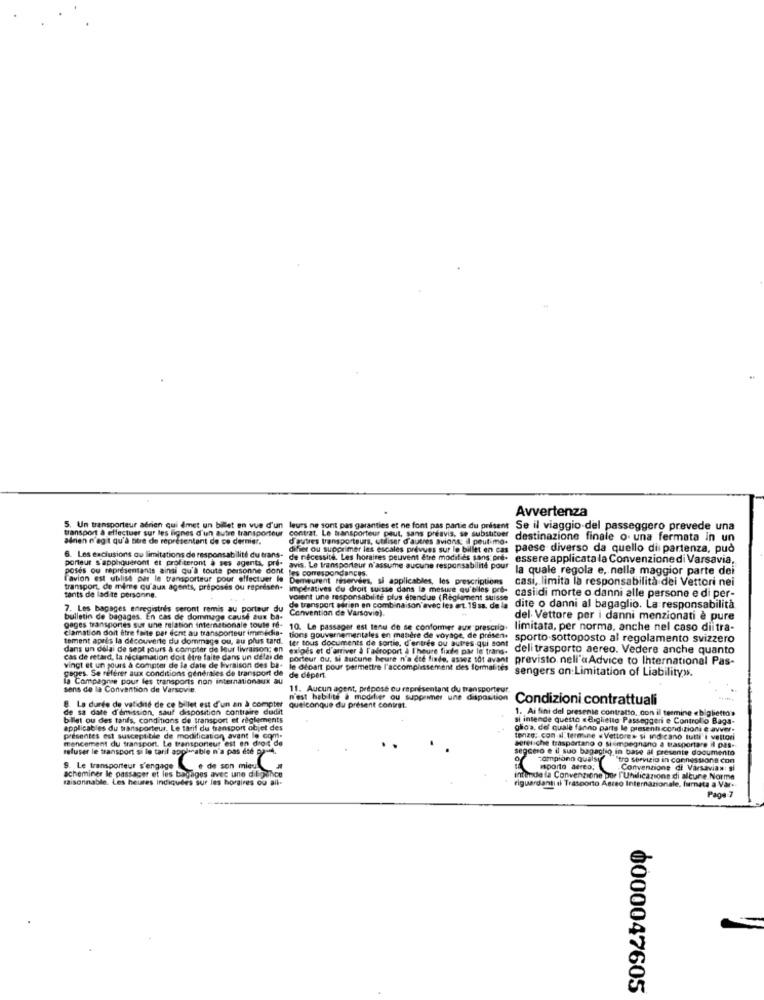
Avvertenza
transport à effectuer sur les lignes d'un autre transporteur
5. Un transporteur adrien qui dmet un billet en vue d'un
leurs ne sont pas garanties et ne font pas partie du prisent
contrat. Le transporteur peut, sans préavis, se substituer
Se il viaggio del passeggero prevede una
adrien n'ag t qu'à titre de representant de co dermer.
d'autres transporteurs, utiliser d'autres avions: Il peut mo.
destinazione finale o una fermata in un
difier ou supprimer les escales prévues sur le billet en cas
paese diverso da quello di partenza, può
porteur s'appliqueront et profiteront à ses agents, pri-
6. Les exclusions ou limitations de responsabilité du trans-
de nécessité. Les horaires peuvent être modifies sans pre-
essere applicata la Convenzione di Varsavia.
poses ou représentants ainsi qu'à toute personne dont les correspondances.
avis. Le transporteur n'assume aucune responsabilité pour
la quale regola e, nella maggior parte dei
Favion est ublish par le transporteur pour effectuer le
Demeurent minervees, si applicables, les prescriptions
casi, limita la responsabilità dei Vettori nei
transport, de mime qu'aux agents, proposes ou reprisen-
imperatives du droit suisse dans la mesure qu'elles pes-
tants de ladite personne.
voient une responsabilité plus étendue (Reglament suisse
casidi morte o danni alle persone e di per-
7. Les bagages enregistres seront remis au porteur du
de transport adrien en combinaison avec les art. 19 ss. de la
Convention de Varsovie).
dite o danni al bagaglio. La responsabilità
bulletin de bagages. En cas de dommage cause aux ba-
del Vettore per i danni menzionati è pure
gages transportes sur une relation internationale toute re-
clamation doit être faite par dent au transporteur immedia-
10. Le passager est tenu de se conformer aux prescrip.
limitata, per norma, anche nel caso diitra-
tement après la découverte du dommage ou, au plus tard.
tions gouvernementales en matière de voyage, de presen.
ter tous documents de sortie, d'entres ou autres qui sont
sporto sottoposto al regolamento svizzero
dans un délai de sept jours à compter de leur livraison; en
exigés et d'arriver à Fadroport a l'heure fixde par le trans-
deli trasporto aereo. Vedere anche quanto
cas de retard, la réclamation doit être faite dans un délai de
porteur ou, si aucune heure n'a cee finde, assez tot avant
previsto nell'a Advice to International Pas-
vingt et un jours à compter de la date de livraison des ba-
le Ofpart pour permettre l'accomplissement des formalités
sengers on:Limitation of Liability».
gages. Se référer aux conditions générales de transport de de départ
La Compagnie pour les transports non internationaux au
sens de la Convention de Varsovie.
11. Aucun agent, préposé ou représentant du transporteur
8. La durée de validité de ce billet est d'un an à compter
n'est habilite à modifier ou supprimer une dapostion
Condizioni contrattuali
de sa date d'émission, sauf disposition contraire dudit
quelconque du présent contrat.
1. Ai fini del presente contratto, con il termine «biglietto»
billet ou des tanfs, conditions de transport et règlements
si intende questo «Biglietto Passeggeri e Controllo Bags-
applicables du transporteur. Le tarif du transport objet des
glios, del quale fanno parte le presenti condizioni e avver.
mencement du transport. Le transporteur est en droit de
présentes est susceptible de modification avant le com.
tonze: con al termine . Vettore* si indicano tutti i vettori
refuser le transport si le tarif applicable n'a pas été op-
eretiche trasportano o simpegnano a trasportare il pas-
segcero e il suo bagaglio in base al presente documento
campiono qualsy
"tro servizio in connessione con
acheminer le passager et les bagages avec une dil pance
9. Le transporteur s'engage de son mieu
isporto aereo;
Convenzione di Varsavian: si
raisonnable. Les heures indiquées sur les horaires ou all-
intimde la Convenzione por l'Undicazione di alcune Norme
riguardanti il Trasporto Asceo Internazionale, firmata a Var-
Page 7
0000047605